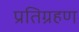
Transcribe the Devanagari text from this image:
प्रतिग्रहण